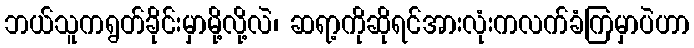
ဘယ်သူကရွတ်ခိုင်းမှာမို့လို့လဲ၊ ဆရာ့ကိုဆိုရင်အားလုံးကလက်ခံကြမှာပဲဟာ